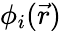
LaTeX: \phi_{i}(\vec{r})